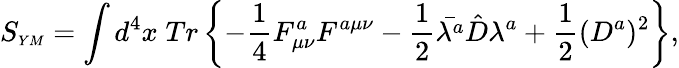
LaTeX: S_{\scriptscriptstyle YM}=\int d^{4}x\; Tr\left\{ -\frac{1}{4}F_{\mu\nu}^{a}F^{a\mu\nu}-\frac{1}{2}\bar{\lambda^{a}}\hat{D}\lambda^{a}+\frac{1}{2}(D^{a})^{2}\right\} ,